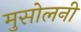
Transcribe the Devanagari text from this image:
मुसोलनी